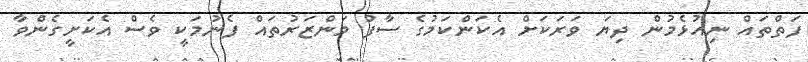
ފަތްތައް ނިއުޅެމުން ދިޔަ ވަރަކަށް އެކަންކަމުގެ ސާފު މަންޒަރުތައް ފެނުމަކީ ވެސް އެކަށީގެންވާ